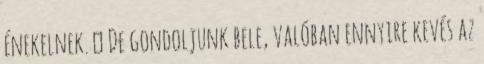
énekelnek. 🙂 De gondoljunk bele, valóban ennyire kevés az